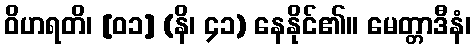
ဝိဟရတိ၊ [၀၁] (နိ၊ ၄၁) နေနိုင်၏။ မေတ္တာဒီနံ၊